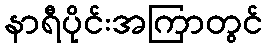
နာရီပိုင်းအကြာတွင်